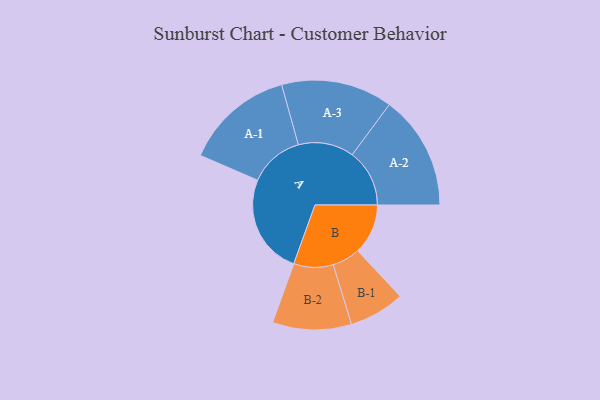
{"axis": {"x": "Segment", "y": "Value"}, "legend": ["", "A", "B"], "data": [{"x": "A", "y": 500, "type": ""}, {"x": "B", "y": 251, "type": ""}, {"x": "A-1", "y": 273, "type": "A"}, {"x": "A-2", "y": 286, "type": "A"}, {"x": "A-3", "y": 278, "type": "A"}, {"x": "B-1", "y": 139, "type": "B"}, {"x": "B-2", "y": 197, "type": "B"}]}